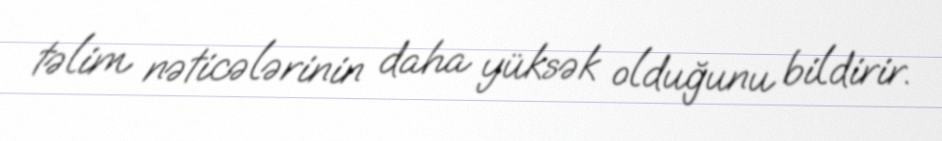
təlim nəticələrinin daha yüksək olduğunu bildirir.